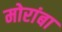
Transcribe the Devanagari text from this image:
मोरांबा